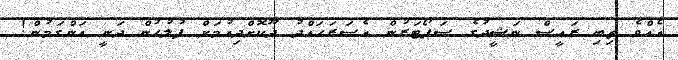
އެއްވެ ތިބި ރައީސް ނަޝީދުގެ ސަޕޯޓަރުން އެސަރަހައްދު ދޫކޮށްދިއުމަށް ފުލުހުން ދަނީ އަންގަމުން!